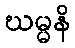
ဃမ္မနိ